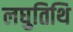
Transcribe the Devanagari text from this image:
लघुतिथि